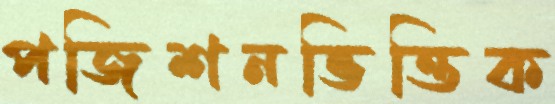
পজিশনভিত্তিক